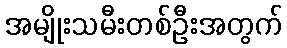
အမျိုးသမီးတစ်ဦးအတွက်